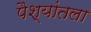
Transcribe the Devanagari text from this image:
पैश्‍यांतला